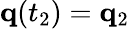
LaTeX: \mathbf{q}(t_{2})=\mathbf{q}_{2}